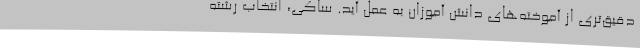
دقیق‌تری از آموخته‌های دانش آموزان به عمل آید. ساکی، انتخاب رشته